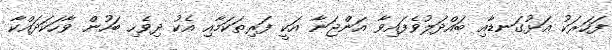
ފަހަރަކު އަޅުގަނޑާއި ބައްދަލުވެފައިވާ އަންޖަނާ އަކީ ފަރިތަކަމާއި އެކު ދިވެހި ބަހުން ވާހަކަދައްކާ